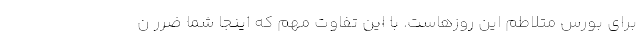
برای بورس متلاطم این روزهاست. با این تفاوت مهم که اینجا شما ضرر ن